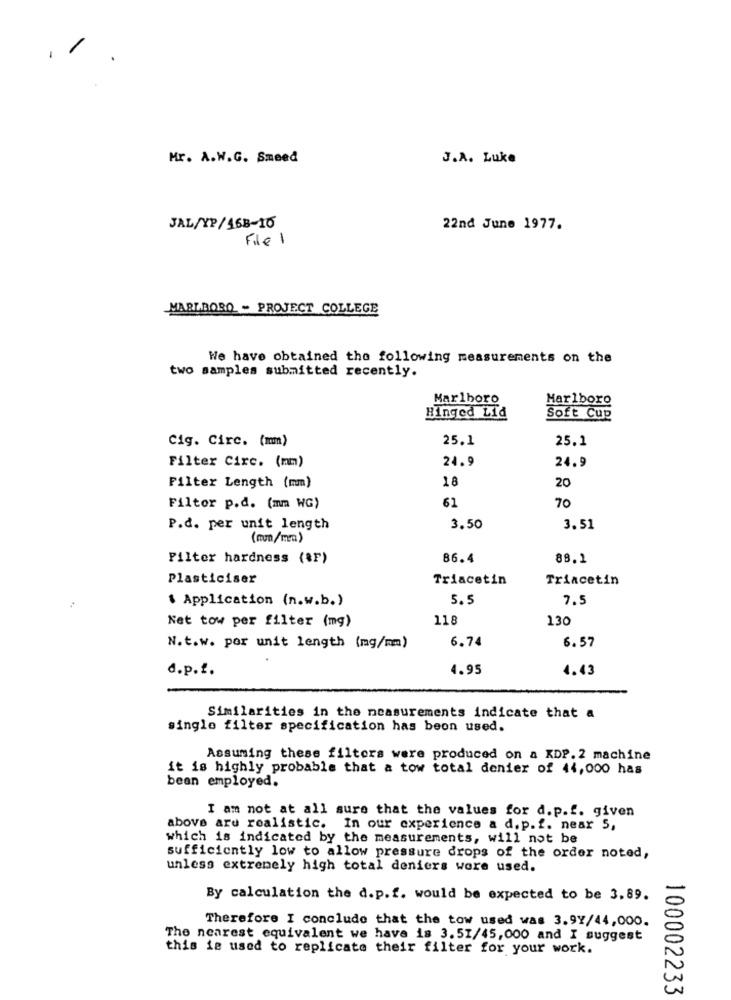
Mr. A.W.G. Smeed
J.A. Luke
JAL/YP/168-10
22nd June 1977.
File 1
MARLBORO - PROJECT COLLEGE
We have obtained the following measurements on the
two samples submitted recently.
Marlboro
Marlboro
Hinged Lid
Soft Cup
Cig. Circ. (mm)
25.1
25.1
24.9
24.9
Filter Circ. (mm)
Filter Length (mm)
18
20
Filtor p.d. (mm WG)
61
70
P.d. per unit length
3.50
3.51
(mo/mm)
Filter hardness (&F)
86.4
88.1
Plasticiser
Triacetin
Triacetin
Application (n.w.b.)
5.5
7.5
Ket tow per filter (mg)
118
130
6.74
6.57
N.t.w. por unit length (mg/mm)
d.p.f.
4.95
4.43
Similarities in the measurements indicate that a
single filter specification has been used.
Assuming these filters were produced on a KDP. 2 machine
it is highly probable that a tow total denier of 44,000 has
been employed.
I am not at all sure that the values for d.p.f. given
above are realistic. In our experience a d.p.f. near 5,
which is indicated by the measurements, will not be
sufficiently low to allow pressure drops of the order noted,
unless extremely high total deniers were used.
By calculation the d.p.f. would be expected to be 3,89.
Therefore I conclude that the tow used was 3.97/44,000.
The nearest equivalent we have is 3.51/45,000 and I suggest
this is used to replicate their filter for your work.
100002233